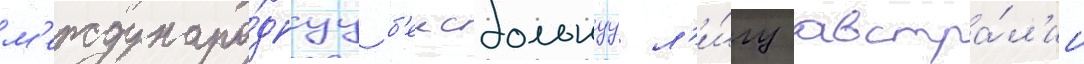
м'еждунаро́днуу б'еисбольнуу л'и́гу австра́л'ии